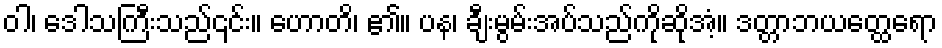
ဝါ၊ ဒေါသကြီးသည်၎င်း။ ဟောတိ၊ ၏။ ပန၊ ချီးမွမ်းအပ်သည်ကိုဆိုအံ့။ ဒတ္တာဘယတ္ထေရော